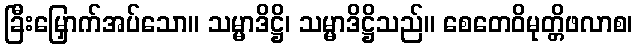
ခြီးမြှောက်အပ်သော။ သမ္မာဒိဋ္ဌိ၊ သမ္မာဒိဋ္ဌိသည်။ စေတေဝိမုတ္တိဖလာစ၊